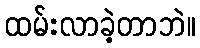
ထမ်းလာခဲ့တာဘဲ။